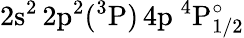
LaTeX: \mathrm{2s^{2}\, 2p^{2}(^{3}P)\, 4p~^{4}P_{1/2}^{\circ}}